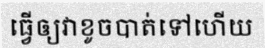
ធ្វើឲ្យវាខូចបាត់ទៅហើយ